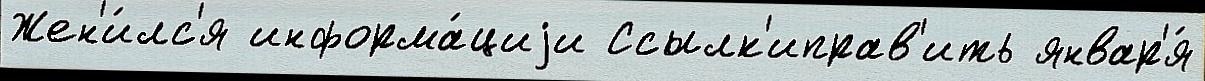
Жен'и́лс'я информа́циjи Ссылк'иправ'ить январ'я́